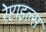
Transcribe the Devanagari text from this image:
रेप्टाइल्स